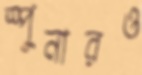
স্পুনারও